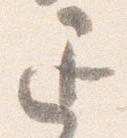
退